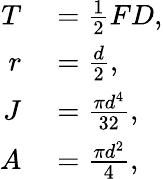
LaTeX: \begin{array}{rl}{T}&{{}=\frac{1}{2}FD,}\\ {r}&{{}=\frac{d}{2},}\\ {J}&{{}=\frac{\pi d^{4}}{32},}\\ {A}&{{}=\frac{\pi d^{2}}{4},}\end{array}